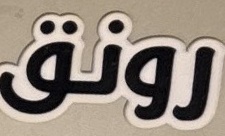
رونق